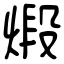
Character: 煅